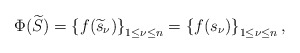
\begin{align*}\Phi(\widetilde{S}) = \left\{f(\widetilde{s}_\nu)\right\}_{1\leq \nu\leq n} = \left\{f(s_\nu)\right\}_{1\leq \nu \leq n},\end{align*}